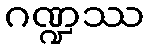
ဂဏ္ဍဿ